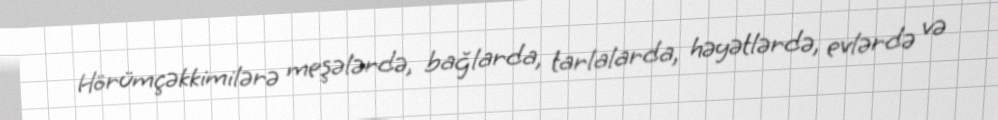
Hörümçəkkimilərə meşələrdə, bağlarda, tarlalarda, həyətlərdə, evlərdə və